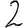
Digit: 2